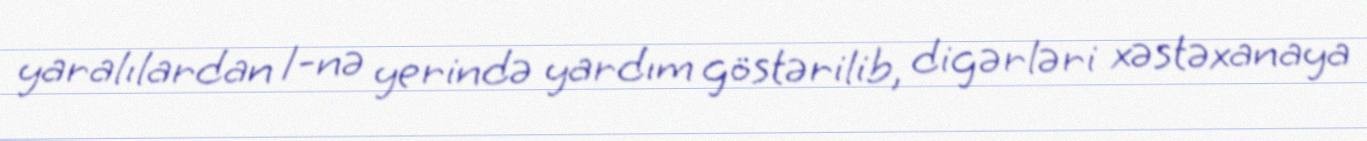
yaralılardan 1-nə yerində yardım göstərilib, digərləri xəstəxanaya